Trukikaitis_Postimees, lk 214
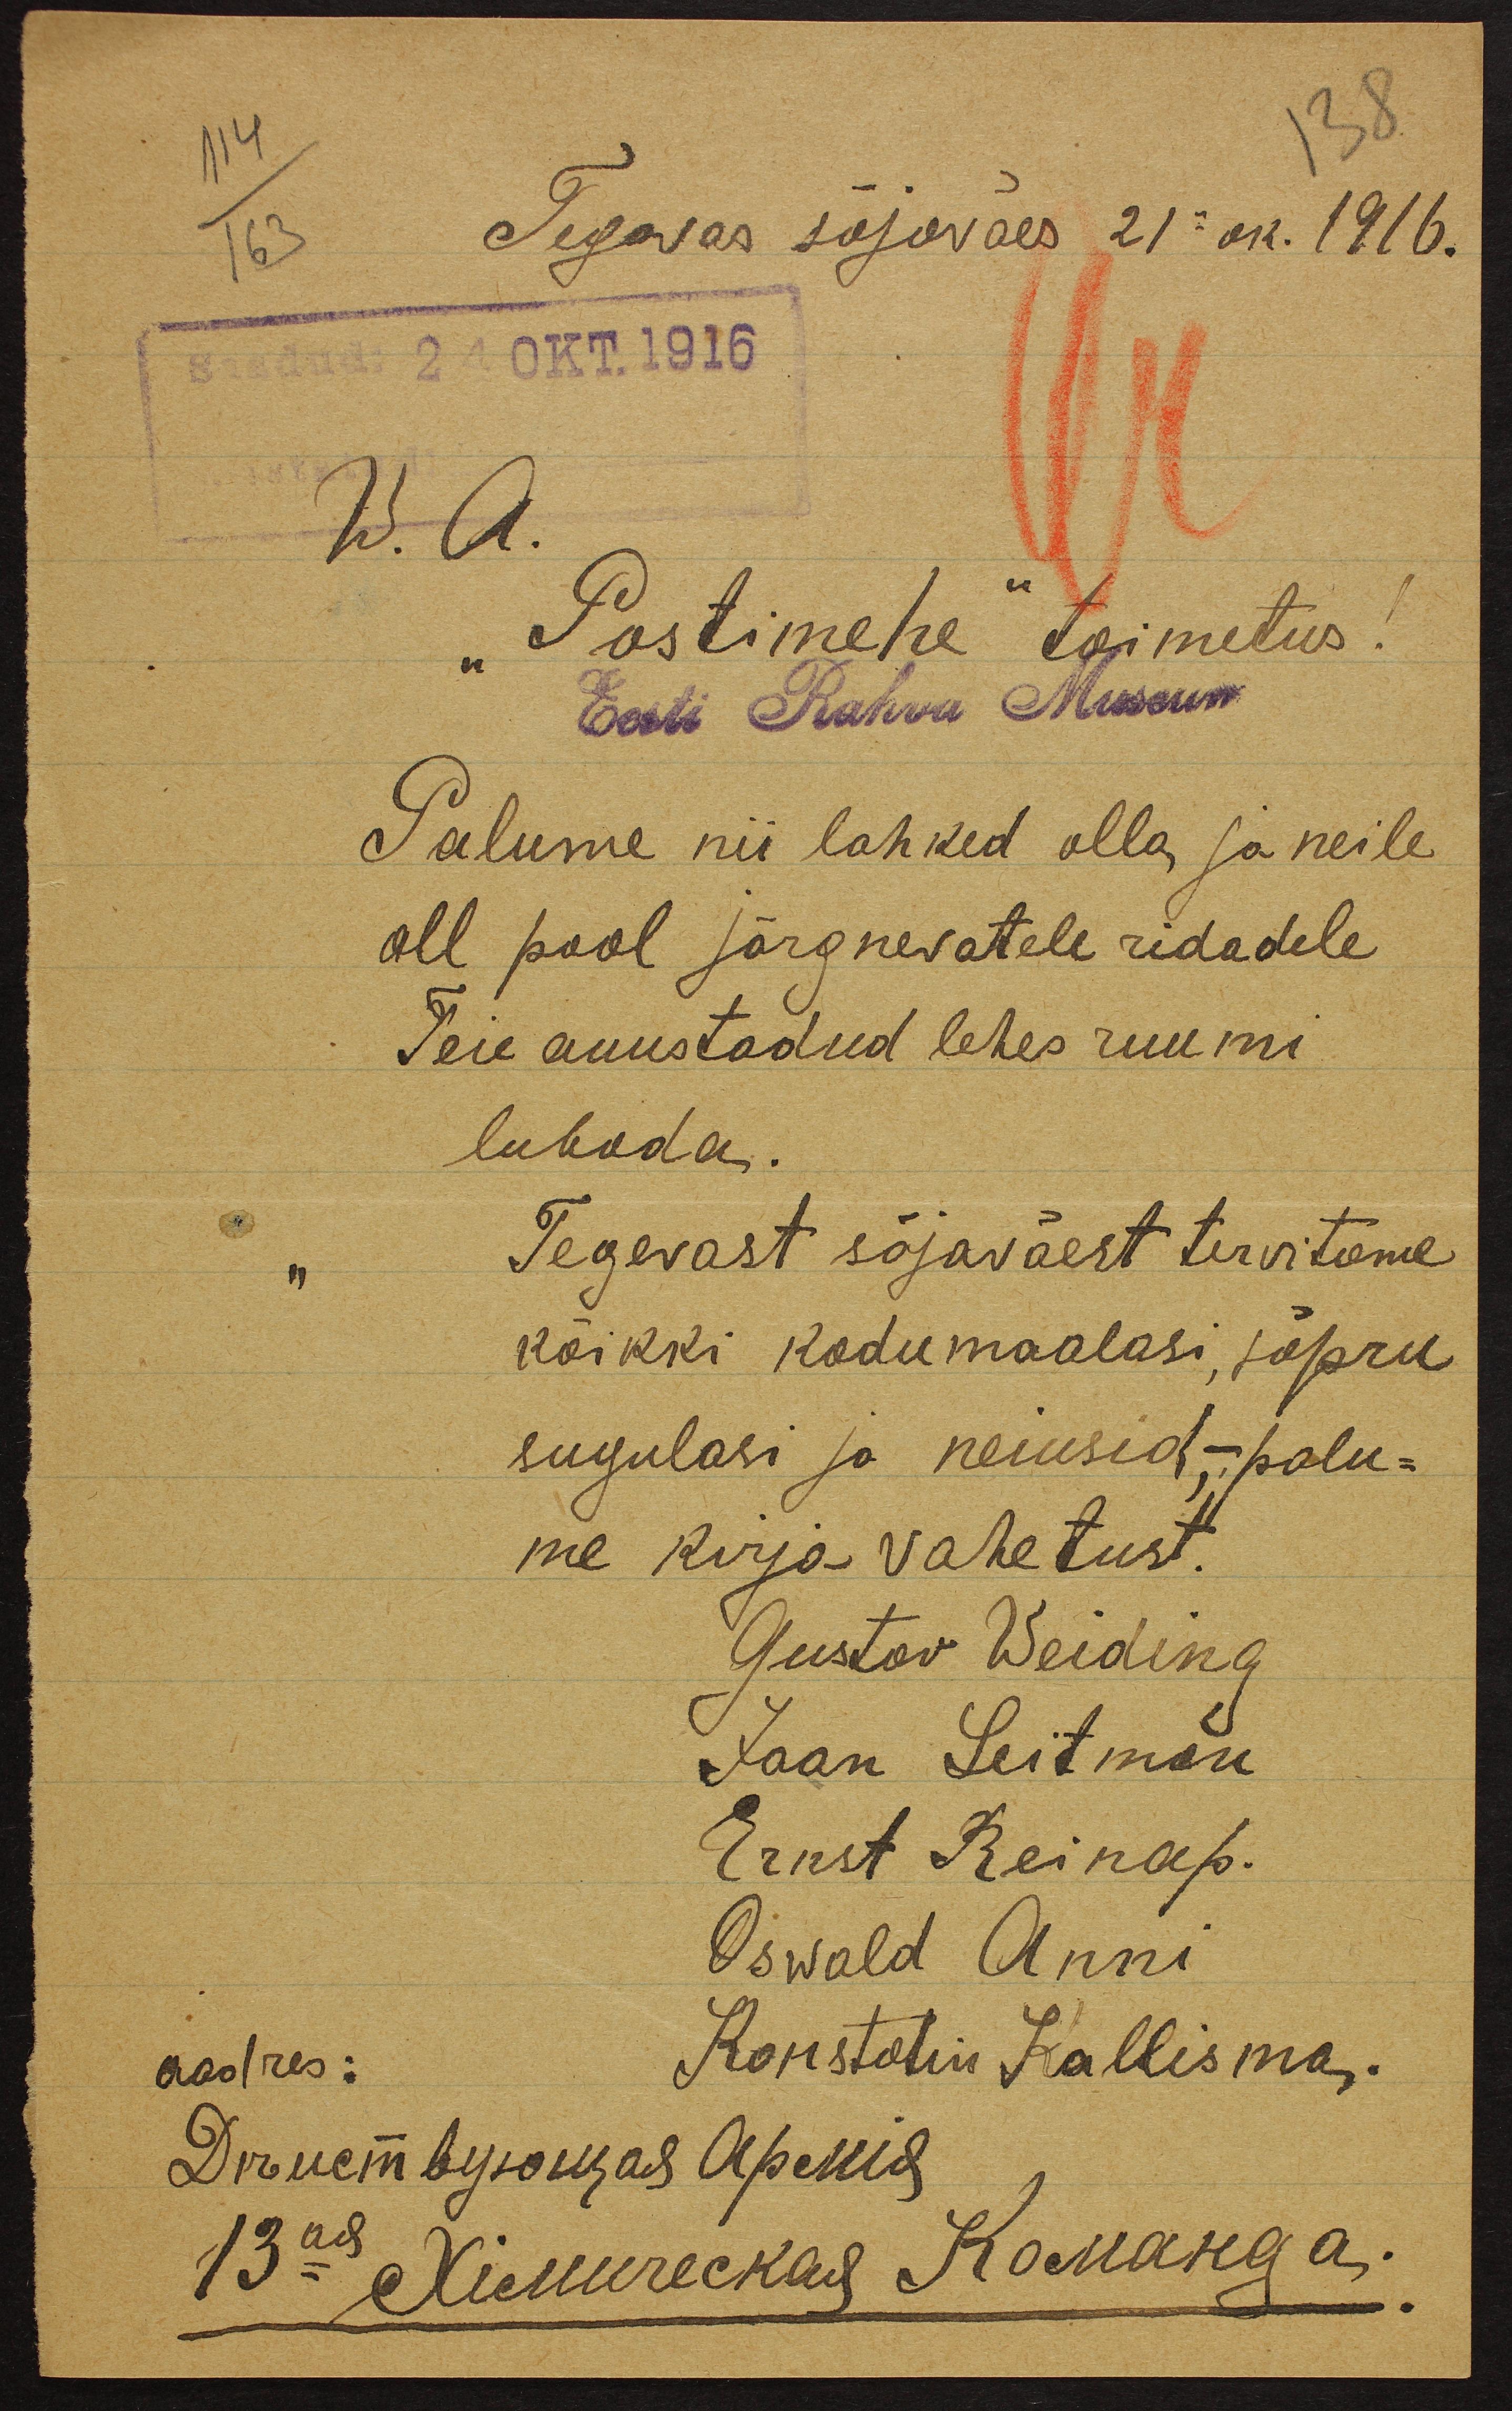
114
138
163
Tegavas sõjaväes 21" ok. 1916.
Saadud 24 OKT.1916
W. A.
Postimehe" toimetus!
Eesti Rahva Museum
Palume nii lahked olla ja neile
all pool järgnevatele ridadele
Teie auustadud lehes ruumi
lubada.
"Tegevast sõjaväest tervitame
kõikki kodumaalasi, sõpru
sugulasi ja neiusid,- palu-
me kirja vahetust.
Gustav Weiding
Jaan Leitman
Ernst Reinap.
Oswald Anni
Konstantin Kallisma
aadres: